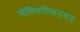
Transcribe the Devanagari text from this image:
मॅक्सिमिलनयन